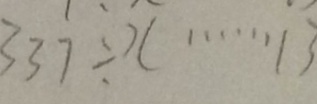
3 3 7 \div x \cdots 1 3